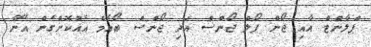
ޕްލާންޓް އާއި ޖޯން ޕޯލް ޖޯންސް އަދި ޖޯންސް ބޯއެމް އެއްކޮށްގެން އޭނާ